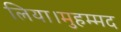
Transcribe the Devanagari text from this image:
लिया।मुहम्मद